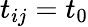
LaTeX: t_{ij}=t_{0}